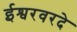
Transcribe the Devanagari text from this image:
ईश्वरवरदे